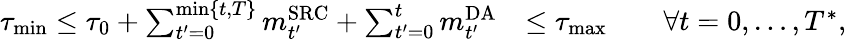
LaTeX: \begin{array}{rl}{\tau_{\operatorname*{min}}\leq\tau_{0}+\sum_{t^{\prime}=0}^{\operatorname*{min}\{ t,T\} }m_{t^{\prime}}^{\mathrm{SRC}}+\sum_{t^{\prime}=0}^{t}m_{t^{\prime}}^{\mathrm{DA}}}&{\leq\tau_{\operatorname*{max}}\qquad\forall t=0,\dots,T^{*},}\end{array}